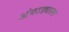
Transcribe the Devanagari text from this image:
अंबाड्याला